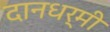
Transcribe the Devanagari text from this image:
दानधर्मी